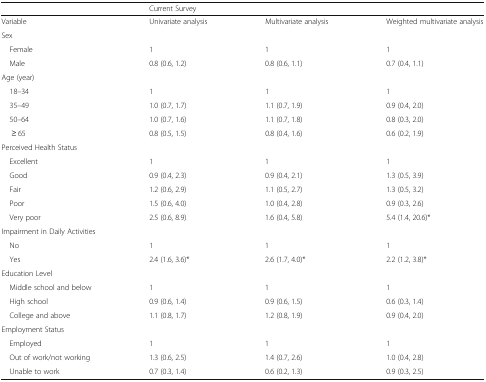
<table><thead><tr><td></td><td colspan="3"><b>Current Survey</b></td></tr></thead><tbody><tr><td>Variable</td><td>Univariate analysis</td><td>Multivariate analysis</td><td>Weighted multivariate analysis</td></tr><tr><td colspan="4">Sex</td></tr><tr><td> Female</td><td>1</td><td>1</td><td>1</td></tr><tr><td> Male</td><td>0.8 (0.6, 1.2)</td><td>0.8 (0.6, 1.1)</td><td>0.7 (0.4, 1.1)</td></tr><tr><td colspan="4">Age (year)</td></tr><tr><td> 18–34</td><td>1</td><td>1</td><td>1</td></tr><tr><td> 35–49</td><td>1.0 (0.7, 1.7)</td><td>1.1 (0.7, 1.9)</td><td>0.9 (0.4, 2.0)</td></tr><tr><td> 50–64</td><td>1.0 (0.7, 1.6)</td><td>1.1 (0.7, 1.8)</td><td>0.8 (0.3, 2.0)</td></tr><tr><td>≥ 65</td><td>0.8 (0.5, 1.5)</td><td>0.8 (0.4, 1.6)</td><td>0.6 (0.2, 1.9)</td></tr><tr><td colspan="4">Perceived Health Status</td></tr><tr><td> Excellent</td><td>1</td><td>1</td><td>1</td></tr><tr><td> Good</td><td>0.9 (0.4, 2.3)</td><td>0.9 (0.4, 2.1)</td><td>1.3 (0.5, 3.9)</td></tr><tr><td> Fair</td><td>1.2 (0.6, 2.9)</td><td>1.1 (0.5, 2.7)</td><td>1.3 (0.5, 3.2)</td></tr><tr><td> Poor</td><td>1.5 (0.6, 4.0)</td><td>1.0 (0.4, 2.8)</td><td>0.9 (0.3, 2.6)</td></tr><tr><td> Very poor</td><td>2.5 (0.6, 8.9)</td><td>1.6 (0.4, 5.8)</td><td>5.4 (1.4, 20.6)*</td></tr><tr><td colspan="4">Impairment in Daily Activities</td></tr><tr><td> No</td><td>1</td><td>1</td><td>1</td></tr><tr><td> Yes</td><td>2.4 (1.6, 3.6)*</td><td>2.6 (1.7, 4.0)*</td><td>2.2 (1.2, 3.8)*</td></tr><tr><td colspan="4">Education Level</td></tr><tr><td> Middle school and below</td><td>1</td><td>1</td><td>1</td></tr><tr><td> High school</td><td>0.9 (0.6, 1.4)</td><td>0.9 (0.6, 1.5)</td><td>0.6 (0.3, 1.4)</td></tr><tr><td> College and above</td><td>1.1 (0.8, 1.7)</td><td>1.2 (0.8, 1.9)</td><td>0.9 (0.4, 2.0)</td></tr><tr><td colspan="4">Employment Status</td></tr><tr><td> Employed</td><td>1</td><td>1</td><td>1</td></tr><tr><td> Out of work/not working</td><td>1.3 (0.6, 2.5)</td><td>1.4 (0.7, 2.6)</td><td>1.0 (0.4, 2.8)</td></tr><tr><td> Unable to work</td><td>0.7 (0.3, 1.4)</td><td>0.6 (0.2, 1.3)</td><td>0.9 (0.3, 2.5)</td></tr></tbody></table>